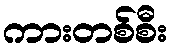
ကားတစ်စီး